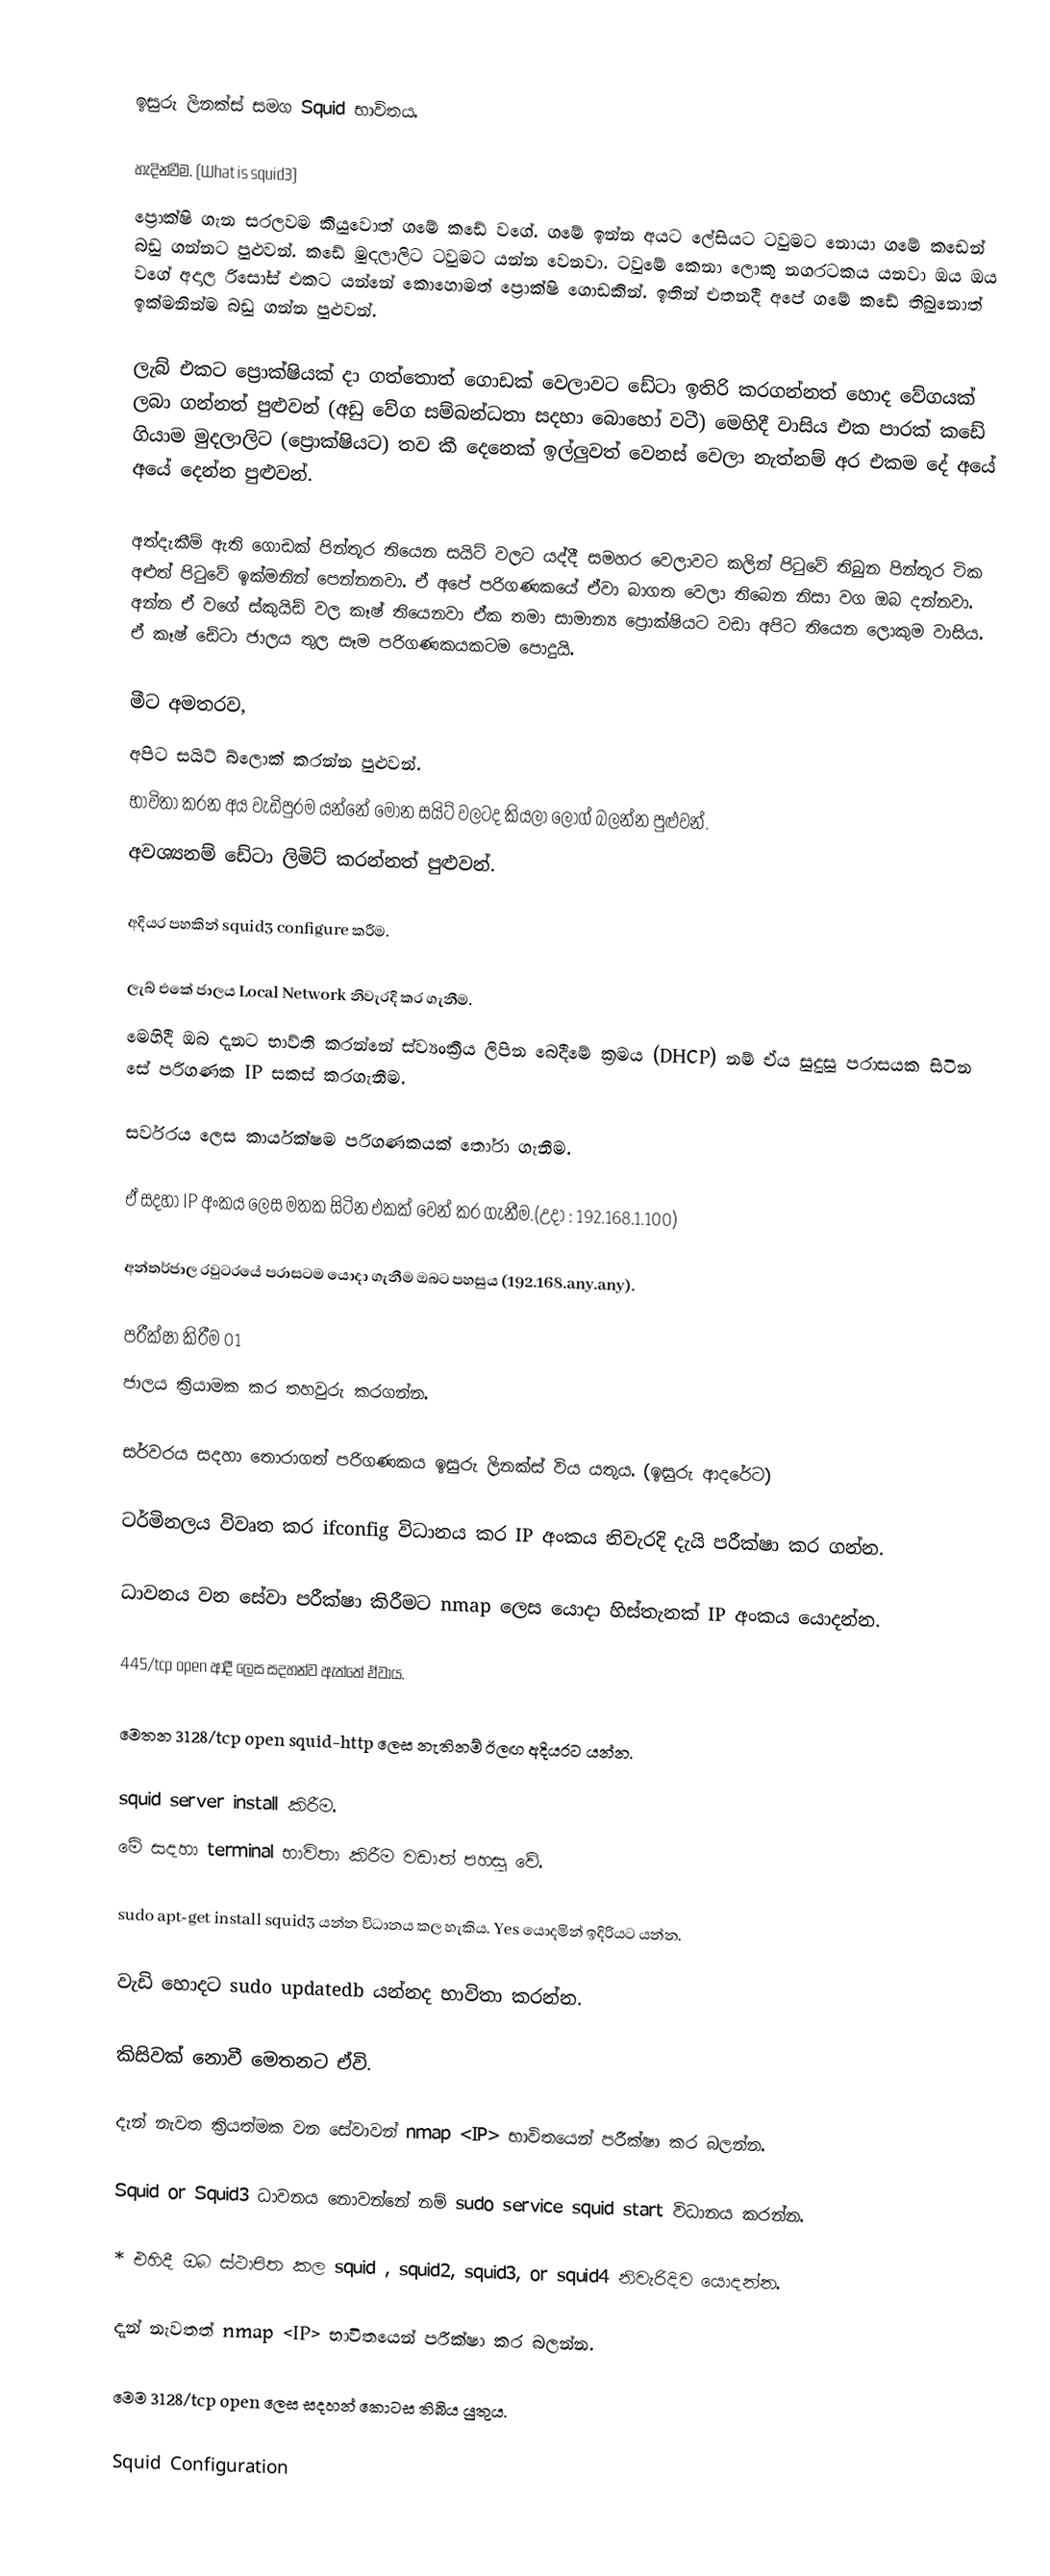

ඉසුරු ලිනක්ස් සමග Squid භාවිතය.

හැදින්වීම. (What is squid3)
ප්‍රොක්ෂි ගැන සරලවම කියුවොත් ගමේ කඩේ වගේ. ගමේ ඉන්න අයට ලේසියට ටවුමට නොයා ගමේ කඩෙන් බඩු ගන්නට පුළුවන්. කඩේ මුදලාලිට ටවුමට යන්න වෙනවා. ටවුමේ කෙනා ලොකු නගරටකය යනවා ඔය ඔය වගේ අදාල රිසෝස් එකට යන්නේ කොහොමත් ප්‍රොක්ෂි ගොඩකින්. ඉතින් එතනදී අපේ ගමේ කඩේ තිබුනොත් ඉක්මනින්ම බඩු ගන්න පුළුවන්.

ලැබ් එකට ප්‍රොක්ෂියක් දා ගත්තොත් ගොඩක් වෙලාවට ඩේටා ඉතිරි කරගන්නත් හොද වේගයක් ලබා ගන්නත් පුළුවන් (අඩු වේග සම්බන්ධතා සදහා බොහෝ වටී) මෙහිදී වාසිය එක පාරක් කඩේ ගියාම මුදලාලිට (ප්‍රොක්ෂියට) තව කී දෙනෙක් ඉල්ලුවත් වෙනස් වෙලා නැත්නම් අර එකම දේ අයේ අයේ දෙන්න පුළුවන්.

අත්දැකීම් ඇති ගොඩක් පින්තූර තියෙන සයිට් වලට යද්දී සමහර වෙලාවට කලින් පිටුවේ තිබුන පින්තූර ටික අළුත් පිටුවේ ඉක්මනින් පෙන්නනවා. ඒ අපේ පරිගණකයේ ඒවා බාගත වෙලා තිබෙන නිසා වග ඔබ දන්නවා. අන්න ඒ වගේ ස්කුයිඩ් වල කෑෂ් තියෙනවා ඒක තමා සාමාන්‍ය ප්‍රොක්ෂියට වඩා අපිට තියෙන ලොකුම වාසිය. ඒ කෑෂ් ඩේටා ජාලය තුල සෑම පරිගණකයකටම පොදුයි.

මීට අමතරව,
 අපිට සයිට් බ්ලොක් කරන්න පුළුවන්.
 භාවිතා කරන අය වැඩිපුරම යන්නේ මොන සයිට් වලටද කියලා ලොග් බලන්න පුළුවන්.
 අවශ්‍යනම් ඩේටා ලිමිට් කරන්නත් පුළුවන්.

අදියර පහකින් squid3 configure කරීම.

ලැබ් එකේ ජාලය Local Network නිවැරදි කර ගැනීම.
මෙහිදී ඔබ දැනට භාව්ති කරන්නේ ස්ව්‍යංක්‍රීය ලිපින බෙදීමේ ක්‍රමය (DHCP) නම් ඒය සුදුසු පරාසයක සිටින සේ පරිගණක IP සකස් කරගැනීම.

සර්වරය ලෙස කාර්යක්ෂම පරිගණකයක් තෝරා ගැනීම.

ඒ සදහා IP අංකය ලෙස මතක සිටින එකක් වෙන් කර ගැනීම.(උදා : 192.168.1.100)

අන්තර්ජාල රවුටරයේ පරාසටම යොදා ගැනීම ඔබට පහසුය (192.168.any.any).

පරීක්ෂා කිරීම 01
ජාලය ක්‍රියාමක කර තහවුරු කරගන්න.

සර්වරය සදහා තොරාගත් පරිගණකය ඉසුරු ලිනක්ස් විය යතුය. (ඉසුරු ආදරේට)

ටර්මිනලය විවෘත කර ifconfig විධානය කර IP අංකය නිවැරදි දැයි පරීක්ෂා කර ගන්න.

ධාවනය වන සේවා පරීක්ෂා කිරීමට nmap ලෙස යොදා හිස්තැනක් IP අංකය යොදන්න.

445/tcp open  ආදී ලෙස සදහන්ව ඇත්තේ ඒවාය.

මෙතන 3128/tcp open squid-http ලෙස නැතිනම් ඊලඟ අදියරට යන්න.

squid server install කිරීම.
මේ සදහා terminal භාවිතා කිරීම වඩාත් පහසු වේ.

sudo apt-get install squid3 යන්න විධානය කල හැකිය. Yes යොදමින් ඉදිරියට යන්න.

වැඩි හොදට sudo updatedb යන්නද භාවිතා කරන්න.

කිසිවක් නොවී මෙතනට ඒවි.

දැන් නැවත ක්‍රියත්මක වන සේවාවන් nmap <IP> භාවිතයෙන් පරීක්ෂා කර බලන්න.

Squid or Squid3 ධාවනය නොවන්නේ නම් sudo service squid start විධානය කරන්න.

* එහිදී ඔබ ස්ථාපිත කල squid , squid2, squid3, or squid4 නිවැරිදිව යොදන්න.

දැන් නැවතත් nmap <IP> භාවිතයෙන් පරීක්ෂා කර බලන්න.

මෙම 3128/tcp open ලෙස සදහන් කොටස තිබිය යුතුය.

Squid Configuration